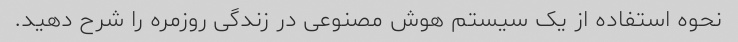
نحوه استفاده از یک سیستم هوش مصنوعی در زندگی روزمره را شرح دهید.